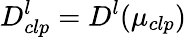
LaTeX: D_{clp}^{l}=D_{}^{l}(\mu_{clp})